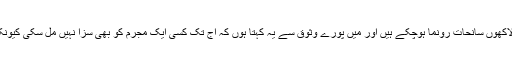
ایسے ایک نہیں ہزاروں بلکہ لاکھوں سانحات رونما ہوچکے ہیں اور میں پورے وثوق سے یہ کہتا ہوں کہ آج تک کسی ایک مجرم کو بھی سزا نہیں مل سکی کیونکہ پیسے میں بڑی طاقت ہے ۔